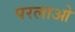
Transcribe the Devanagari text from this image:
परलाओ